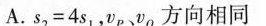
A.s_{2} =4s_{1} ，v_{P}、v_{Q}方向相同